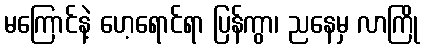
မကြောင်နဲ့ ဟေ့ရောင်ရာ ပြန်ကွာ၊ ညနေမှ လာကြို